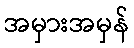
အမှားအမှန်